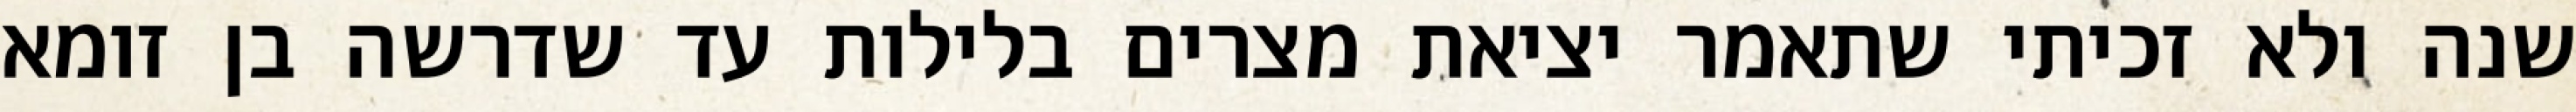
שנה ולא זכיתי שתאמר יציאת מצרים בלילות עד שדרשה בן זומא